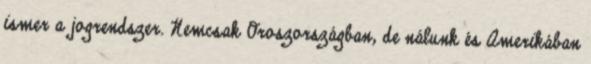
ismer a jogrendszer. Nemcsak Oroszországban, de nálunk és Amerikában